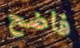
فاضح